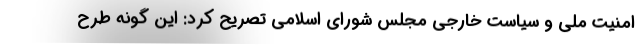
امنیت ملی و سیاست خارجی مجلس شورای اسلامی تصریح کرد: این گونه طرح